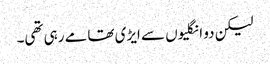
لیکن دو انگلیوں سے ایڑی تھامے رہی تھی۔